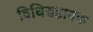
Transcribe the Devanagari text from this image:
विधिसहायक